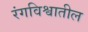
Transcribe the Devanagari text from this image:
रंगविश्वातील